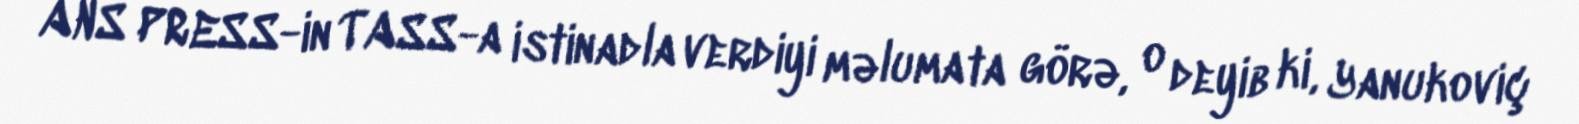
ANS PRESS-in TASS-a istinadla verdiyi məlumata görə, o deyib ki, Yanukoviç